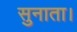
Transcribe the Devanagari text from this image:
सुनाता।